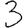
Digit: 3